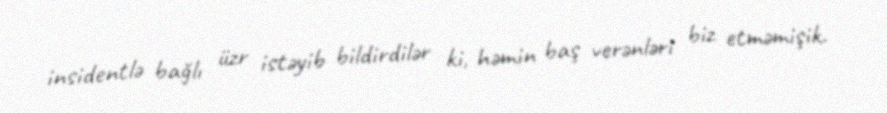
insidentlə bağlı üzr istəyib bildirdilər ki, həmin baş verənləri biz etməmişik.